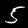
Digit: 5